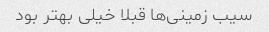
سیب زمینی‌ها قبلا خیلی بهتر بود